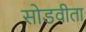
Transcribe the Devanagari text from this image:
सोडवीता